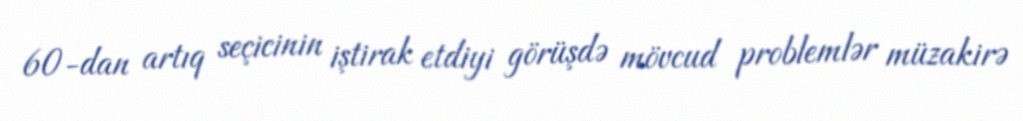
60-dan artıq seçicinin iştirak etdiyi görüşdə mövcud problemlər müzakirə